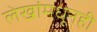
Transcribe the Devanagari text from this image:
लेखांमधूनही